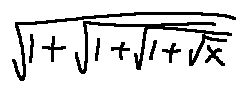
\sqrt { 1 + \sqrt { 1 + \sqrt { 1 + \sqrt { x } } } }